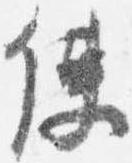
使